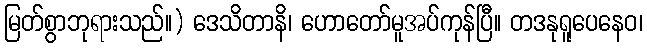
မြတ်စွာဘုရားသည်။) ဒေသိတာနိ၊ ဟောတော်မူအပ်ကုန်ပြီ။ တဒနုရူပေနေဝ၊